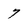
Character: 7